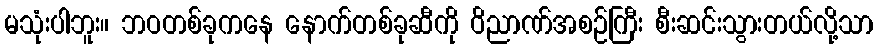
မသုံးပါဘူး။ ဘဝတစ်ခုကနေ နောက်တစ်ခုဆီကို ဝိညာဏ်အစဉ်ကြီး စီးဆင်းသွားတယ်လို့သာ